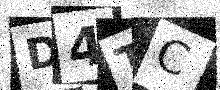
Text: D4TC